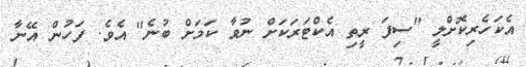
އެކަހެރިކޮށްލީ "ސިފަ ރީތި އެކްޓަރަކަށް ނުވާ ކަމަށް ބުނެ" އެވެ. ފަހުން އޭނާ